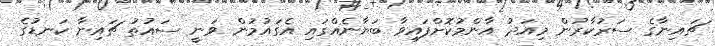
ޗައިނާގެ ސަރުކާރުން މިއަދު އާންމުކޮށްފައިވާ ބަޔާނެއްގައި އެގައުމުން ވަނީ ސައުތު ޗައިނާ ކަނޑުގެ